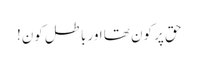
حق پر کون تھا اور باطل کون!